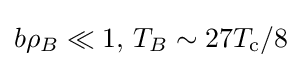
b\rho _{B}\ll 1,\,T_{B}\sim 27T_{\text{c}}/8